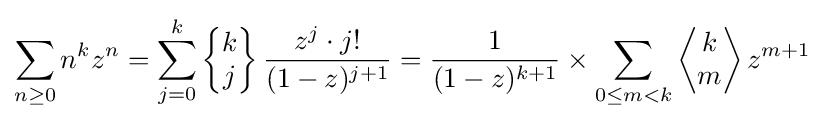
\sum _{n\geq 0}n^{k}z^{n}=\sum _{j=0}^{k}\left\{{\begin{matrix}k\\j\end{matrix}}\right\}{\frac {z^{j}\cdot j!}{(1-z)^{j+1}}}={\frac {1}{(1-z)^{k+1}}}\times \sum _{0\leq m<k}\left\langle {\begin{matrix}k\\m\end{matrix}}\right\rangle z^{m+1}